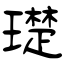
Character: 璴